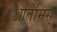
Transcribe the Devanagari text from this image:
आर्तेमिस्‌